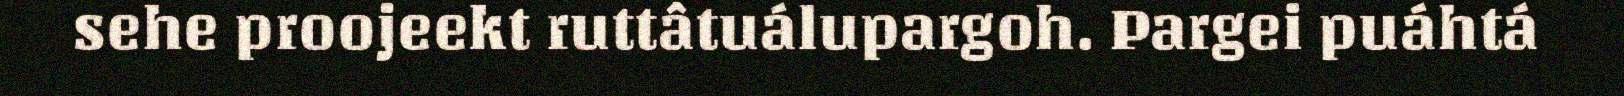
sehe proojeekt ruttâtuálupargoh. Pargei puáhtá